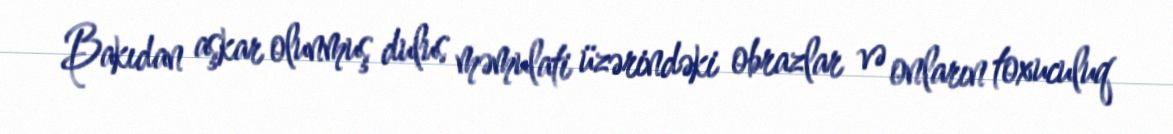
Bakıdan aşkar olunmuş dulus məmulati üzərindəki obrazlar və onların toxuculuq